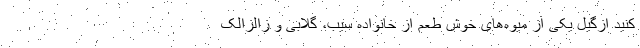
کنید ازگیل یکی از میوه‌های خوش طعم از خانواده سیب، گلابی و زالزالک